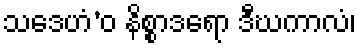
သဒေဟံ’ဝ နိစ္စာဒရော ဒီဃကာလံ၊